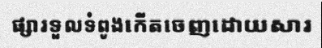
ផ្សារទួលទំពូងកើតចេញដោយសារ